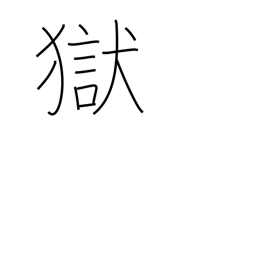
Meaning: jail